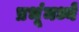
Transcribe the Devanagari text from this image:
प्रभूंमध्ये